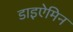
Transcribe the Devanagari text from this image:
डाइऐमिन